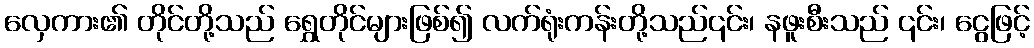
လှေကား၏ တိုင်တို့သည် ရွှေတိုင်များဖြစ်၍ လက်ရုံးကန်းတို့သည်၎င်း၊ နဖူးစီးသည် ၎င်း၊ ငွေဖြင့်